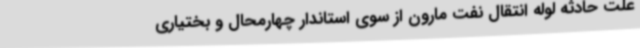
علت حادثه لوله انتقال نفت مارون از سوی استاندار چهارمحال و بختیاری